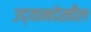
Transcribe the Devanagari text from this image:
उद्यानदेखील